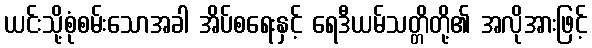
ယင်းသို့စုံစမ်းသောအခါ အိပ်စရေးနှင့် ရေဒီယမ်သတ္တိတို့၏ အလိုအားဖြင့်